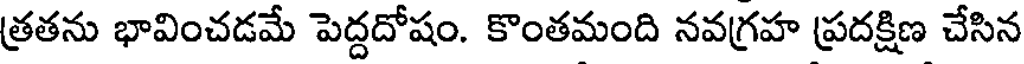
త్రతను భావించడమే పెద్దదోషం. కొంతమంది నవగ్రహ ప్రదక్షిణ చేసిన